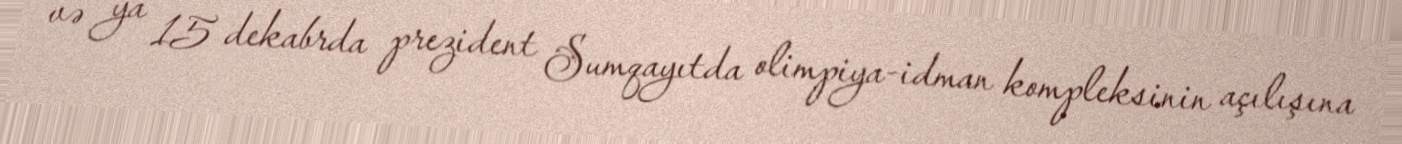
və ya 15 dekabrda prezident Sumqayıtda olimpiya-idman kompleksinin açılışına